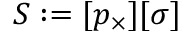
\begin{array} { r } { S : = [ p _ { \times } ] [ \sigma ] } \end{array}